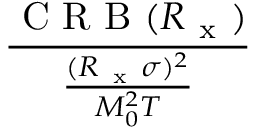
\frac { \mathrm { ~ C ~ R ~ B ~ } ( R _ { \mathrm { ~ x ~ } } ) } { \frac { ( R _ { \mathrm { ~ x ~ } } \sigma ) ^ { 2 } } { M _ { 0 } ^ { 2 } T } }